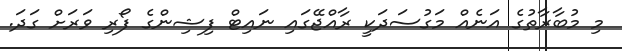
މި މުބާރާތުގެ އަނެއް މަގުސަދަކީ ރާއްޖޭގައި ނައިޓް ފިޝިންގެ ފޯރި ވަރަށް ގަދަ.